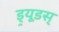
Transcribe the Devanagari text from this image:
ड्र्यूडस्